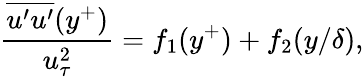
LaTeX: \frac{\overline{{u^{\prime}u^{\prime}}}(y^{+})}{u_{\tau}^{2}}=f_{1}(y^{+})+f_{2}(y/\delta),